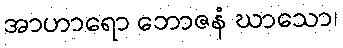
အာဟာရော ဘောဇနံ ဃာသော၊